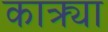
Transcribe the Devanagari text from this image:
कात्र्या